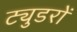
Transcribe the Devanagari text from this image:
ट्युडरों